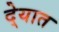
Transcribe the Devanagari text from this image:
दे्यात